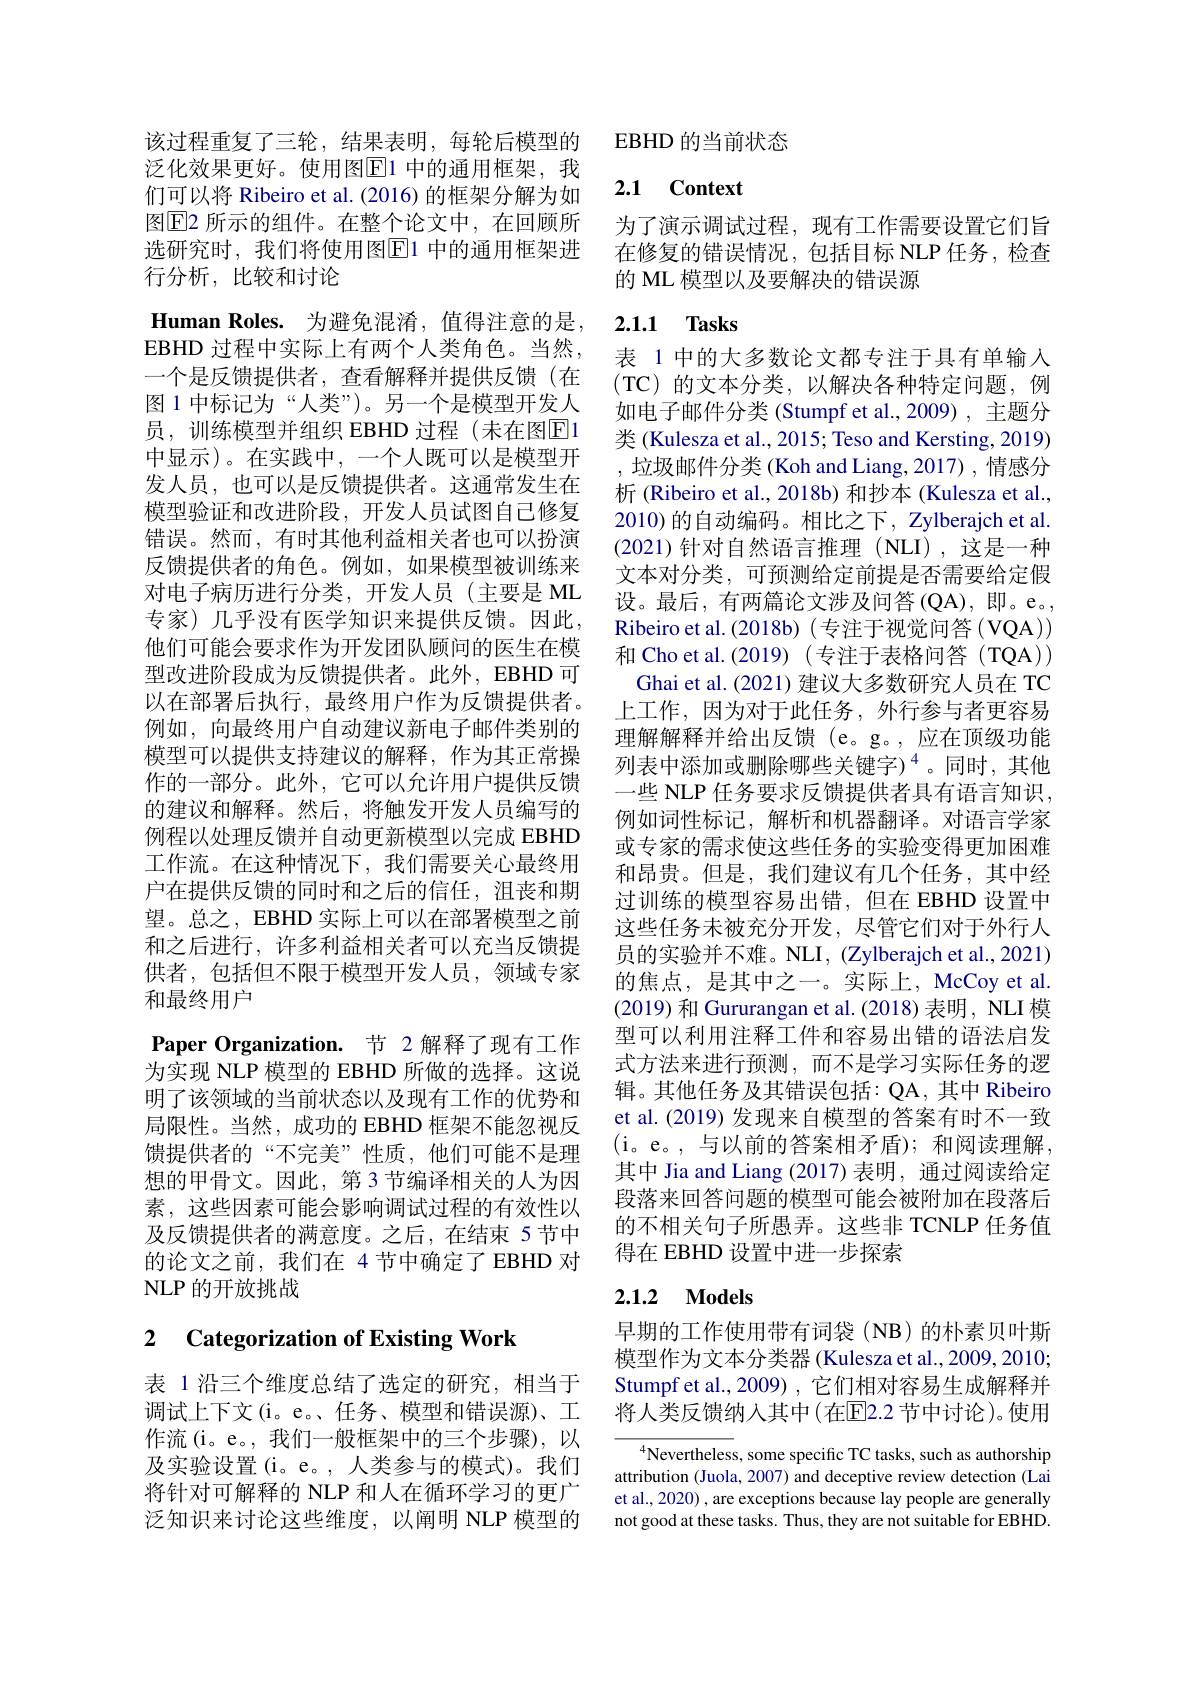
该过程重复了三轮，结果表明，每轮后模型的泛化效果更好。使用图$\overline{\mathrm{E}}$1 中的通用框架，我们可以将 Ribeiro et al. (2016) 的框架分解为如图$\boxed{\mathrm{E}}$2 所示的组件。在整个论文中，在回顾所选研究时，我们将使用图$\overline{\mathrm{E}}$1 中的通用框架进行分析，比较和讨论
$\textbf{Human Roles. 为 避 免 混 淆 , 值 得 注 意 的 是 }$, EBHD 过程中实际上有两个人类角色。当然， 一个是反馈提供者，查看解释并提供反馈(在图 1 中标记为“人类”)。另一个是模型开发人员，训练模型并组织 EBHD 过程(未在图E1中显示)。在实践中，一个人既可以是模型开发人员，也可以是反馈提供者。这通常发生在模型验证和改进阶段，开发人员试图自己修复错误。然而，有时其他利益相关者也可以扮演反馈提供者的角色。例如，如果模型被训练来对电子病历进行分类，开发人员(主要是 ML 专家) 几乎没有医学知识来提供反馈。因此， 他们可能会要求作为开发团队顾问的医生在模型改进阶段成为反馈提供者。此外，EBHD 可以在部署后执行，最终用户作为反馈提供者。例如，向最终用户自动建议新电子邮件类别的模型可以提供支持建议的解释，作为其正常操作的一部分。此外，它可以允许用户提供反馈的建议和解释。然后，将触发开发人员编写的例程以处理反馈并自动更新模型以完成 EBHD 工作流。在这种情况下，我们需要关心最终用户在提供反馈的同时和之后的信任，沮丧和期望。总之，EBHD 实际上可以在部署模型之前和之后进行，许多利益相关者可以充当反馈提供者，包括但不限于模型开发人员，领域专家和最终用户
Paper Organization. 节 2 解释了现有工作为实现 NLP 模型的 EBHD 所做的选择。这说明了该领域的当前状态以及现有工作的优势和局限性。当然，成功的 EBHD 框架不能忽视反馈提供者的“不完美”性质，他们可能不是理想的甲骨文。因此，第3节编译相关的人为因素，这些因素可能会影响调试过程的有效性以及反馈提供者的满意度。之后，在结束 5 节中的论文之前，我们在 4节中确定了 EBHD 对NLP 的开放挑战

# 2 Categorization of Existing Work

表 1 沿三个维度总结了选定的研究，相当于调试上下文(i。e。、任务、模型和错误源)、工作流(i。e。,我们一般框架中的三个步骤),以及实验设置(i。e。,人类参与的模式)。我们将针对可解释的 NLP 和人在循环学习的更广泛知识来讨论这些维度，以阐明 NLP 模型的

EBHD 的当前状态

## 2.1 Context

为了演示调试过程，现有工作需要设置它们旨在修复的错误情况，包括目标 NLP 任务，检查的 ML 模型以及要解决的错误源

# 2.1.1 Tasks

表 1 中的大多数论文都专注于具有单输入(TC)的文本分类，以解决各种特定问题，例如电子邮件分类 (Stumpf et al.,2009) ,主题分类 (Kulesza et al., 2015; Teso and Kersting, 2019) ,垃圾邮件分类(Koh and Liang, 2017), 情感分析 (Ribeiro et al., 2018b) 和抄本 (Kulesza et al., 2010) 的自动编码。相比之下，Zylberajch et al (2021)针对自然语言推理(NLI),这是一种文本对分类，可预测给定前提是否需要给定假设。最后，有两篇论文涉及问答(QA),即。e。, Ribeiro et al.(2018b)(专注于视觉问答(VQA)) 和 Cho et al. (2019) (专注于表格问答 (TQA))
Ghai et al. (2021) 建议大多数研究人员在 TC 上工作，因为对于此任务，外行参与者更容易理解解释并给出反馈(e。g。,应在顶级功能列表中添加或删除哪些关键字)$^{4}$。同时，其他一些 NLP 任务要求反馈提供者具有语言知识， 例如词性标记，解析和机器翻译。对语言学家或专家的需求使这些任务的实验变得更加困难和昂贵。但是，我们建议有几个任务，其中经过训练的模型容易出错，但在 EBHD 设置中这些任务未被充分开发，尽管它们对于外行人员的实验并不难。NLI, (Zylberajch et al., 2021) 的焦点，是其中之一。实际上，McCoy et al. (2019)和 Gururangan et al. (2018) 表明，NLI 模型可以利用注释工件和容易出错的语法启发式方法来进行预测，而不是学习实际任务的逻辑。其他任务及其错误包括：QA, 其中 Ribeiro et al. (2019) 发现来自模型的答案有时不一致(i。e。,与以前的答案相矛盾);和阅读理解， 其中 Jia and Liang (2017)表明，通过阅读给定段落来回答问题的模型可能会被附加在段落后的不相关句子所愚弄。这些非 TCNLP 任务值得在 EBHD 设置中进一步探索

## 2.1.2 Models

早期的工作使用带有词袋(NB)的朴素贝叶斯模型作为文本分类器 (Kulesza et al., 2009, 2010; Stumpf et al., 2009) , 它们相对容易生成解释并将人类反馈纳入其中(在$\overline{\mathrm{E}}$2.2 节中讨论)。使用

$^{4}$Nevertheless, some specific TC tasks, such as authorship attribution (Juola, 2007) and deceptive review detection (Lai et al., 2020) , are exceptions because lay people are generally not good at these tasks. Thus, they are not suitable for EBHD